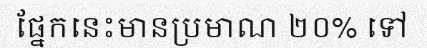
ផ្នែកនេះមានប្រមាណ ២០% ទៅ